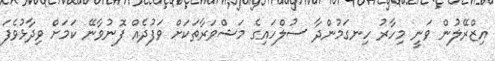
އިޒްރޭލުން ވަނީ މިހާރު ހިނގަމުންދާ ސުލްހައިގެ މަޝްވަރާތަކަށް ވަފުދެއް ފޮނުވާނޭ ކަމަށް ވިދާޅުވެފަ